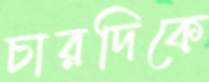
চারদিকে